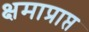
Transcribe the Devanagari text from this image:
क्षमाप्राप्त